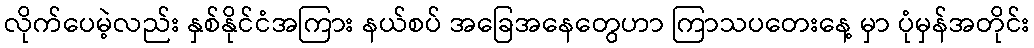
လိုက်ပေမဲ့လည်း နှစ်နိုင်ငံအကြား နယ်စပ် အခြေအနေတွေဟာ ကြာသပတေးနေ့ မှာ ပုံမှန်အတိုင်း